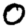
Digit: 0